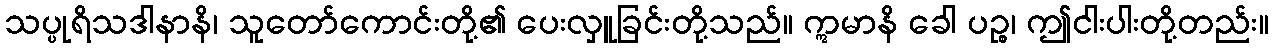
သပ္ပုရိသဒါနာနိ၊ သူတော်ကောင်းတို့၏ ပေးလှူခြင်းတို့သည်။ ဣမာနိ ခေါ ပဉ္စ၊ ဤငါးပါးတို့တည်း။